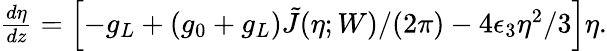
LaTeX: \begin{array}{r}{\frac{d\eta}{dz}=\left[-g_{L}+\left(g_{0}+g_{L}\right)\tilde{J}(\eta;W)/(2\pi)-4\epsilon_{3}\eta^{2}/3\right]\eta.}\end{array}